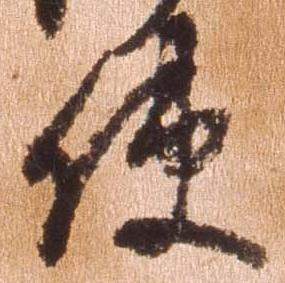
使